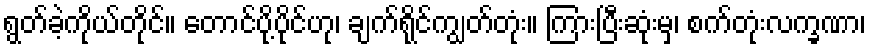
ရွတ်ခဲ့ကိုယ်တိုင်။ တောင်ပို့ပိုင်ဟု၊ ချက်ရိုင်ကျွတ်တုံး။ ကြားပြီးဆုံးမှ၊ စက်တုံးလက္ခဏာ၊